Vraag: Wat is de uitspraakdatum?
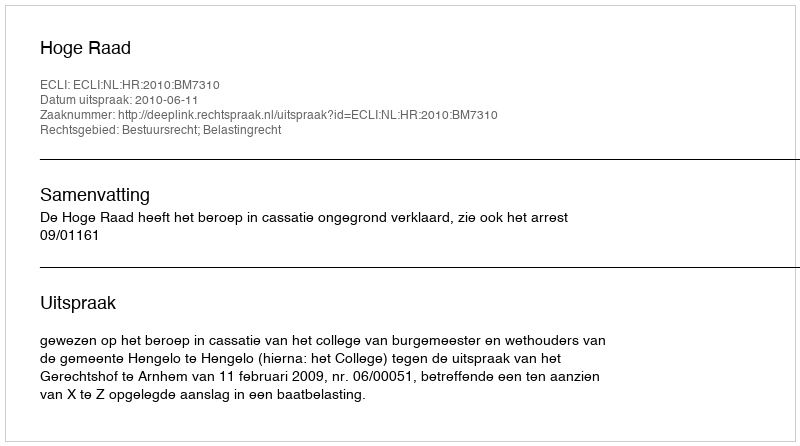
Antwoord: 2010-06-11